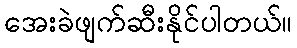
အေးခဲဖျက်ဆီးနိုင်ပါတယ်။